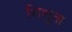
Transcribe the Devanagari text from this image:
शिशुता